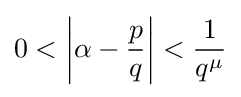
0<\left|\alpha -{\frac {p}{q}}\right|<{\frac {1}{q^{\mu }}}